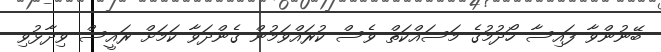
ބޭނުންވާ ފައިސާ ހޯދުމުގެ މަސައްކަތް ވެސް ކުރައްވަމުން ގެންދަވާ ކަމަށް ރައީސް ވިދާޅުވި